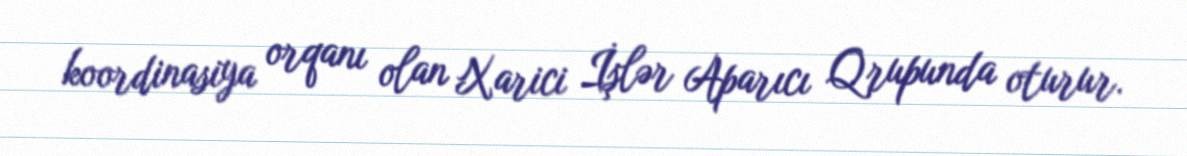
koordinasiya orqanı olan Xarici İşlər Aparıcı Qrupunda oturur.